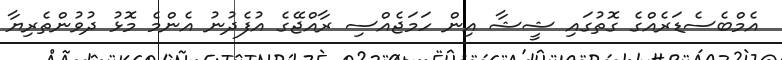
އެމްބެސެޑަރެއްގެ ގޮތުގައި ޝީޝާ އިން ހަމަޖެއްސި ރާއްޖޭގެ އުފެދުނު އެންމެ މޮޅު ދުވުންތެރިޔާ